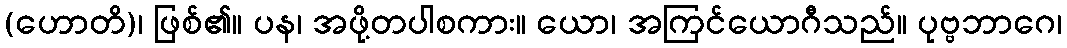
(ဟောတိ)၊ ဖြစ်၏။ ပန၊ အဖို့တပါစကား။ ယော၊ အကြင်ယောဂီသည်။ ပုဗ္ဗဘာဂေ၊